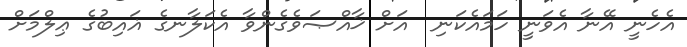
އެހެނީ އޭނާ އެވަނީ ހަމައެކަނި  އަށް ޚާއްޞަވެގެންވާ އެކަލާނގެ ޣައިބުގެ ޢިލްމަށް